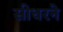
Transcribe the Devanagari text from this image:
सीधरने